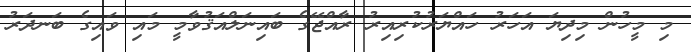
މި މީހުން މިދިޔަ އަހަރު ހައްޔަރުކުރިއިރު ރާއްޖޭގެ ބައިނަލްއަޤުވާމީ މައި ވައިގެ ބަނދަރު